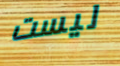
ليست